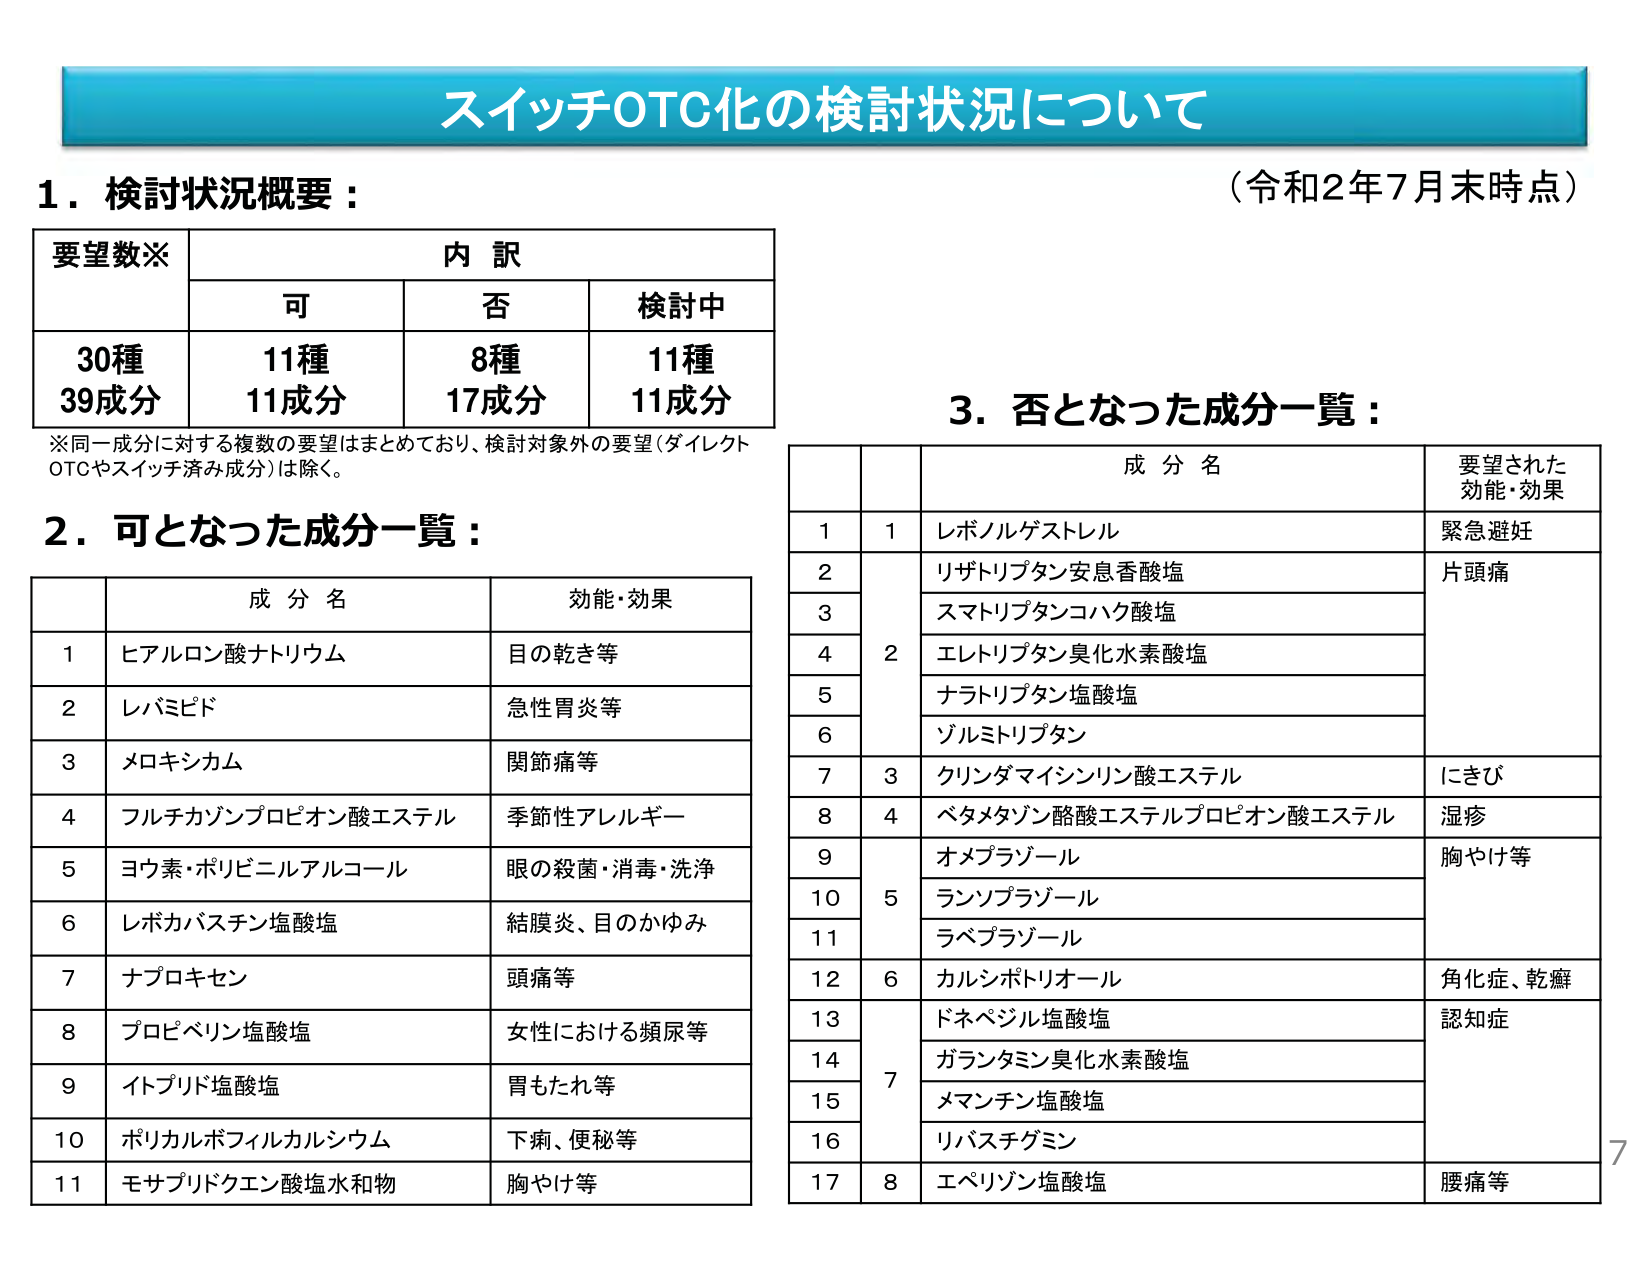
スイッチOTC化の検討状況について

1．検討状況概要：
（令和2年7月末時点）

要望数※　　内 訳
　　　　　　可　　　否　　　検討中
30種　　　11種　　8種　　　11種
39成分　　11成分　17成分　　11成分

※同一成分に対する複数の要望はまとめており、検討対象外の要望（ダイレクトOTCやスイッチ済み成分）は除く。

2．可となった成分一覧：

　　成分名　　　　　　　　効能・効果
1　ヒアルロン酸ナトリウム　目の乾き等
2　レバミピド　　　　　　急性胃炎等
3　メロキシカム　　　　　関節痛等
4　フルチカゾンプロピオン酸エステル　季節性アレルギー
5　ヨウ素・ポリビニルアルコール　眼の殺菌・消毒・洗浄
6　レボカバステン塩酸塩　結膜炎、目のかゆみ
7　ナプロキセン　　　　　頭痛等
8　プロピベリン塩酸塩　　女性における頻尿等
9　イトプリド塩酸塩　　　胃もたれ等
10　ポリカルボフィルカルシウム　下痢、便秘等
11　モサプリドクエン酸塩水和物　胸やけ等

3．否となった成分一覧：

　　成分名　　　　　　　　　　　　　　　　要望された効能・効果
1　1　レボノルゲストレル　　　　　　　　緊急避妊
2　　　リザトリプタン安息香酸塩　　　　　片頭痛
3　　　スマトリプタンコハク酸塩
4　2　エレトリプタン臭化水素酸塩
5　　　ナラトリプタン塩酸塩
6　　　ゾルミトリプタン
7　3　クリンダマイシンリン酸エステル　　　にきび
8　4　ベタメタゾン酪酸エステルプロピオン酸エステル　湿疹
9　5　オメプラゾール　　　　　　　　　　胸やけ等
10　　　ランソプラゾール
11　　　ラベプラゾール
12　6　カルシポトリオール　　　　　　　　角化症、乾癬
13　7　ドネペジル塩酸塩　　　　　　　　認知症
14　　　ガランタミン臭化水素酸塩
15　　　メマンチン塩酸塩
16　　　リバスチグミン
17　8　エペリゾン塩酸塩　　　　　　　　腰痛等

7